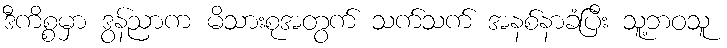
ဒီကိစ္စမှာ ဒွန်ညာက မိသားစုအတွက် သက်သက် အနစ်နာခံပြီး သူ့ဘဝသူ